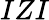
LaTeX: IZI